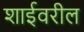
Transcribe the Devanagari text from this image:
शाईवरील